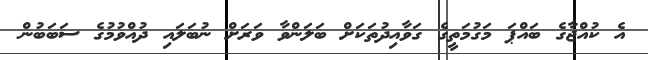
އެ ކުއްޖާގެ ބައްޕަ މަގުމަތީގެ ގަވާއިދުތަކަށް ބަލަންވާ ވަރަށް ނުބަލައި ދުއްވުމުގެ ސަބަބުން